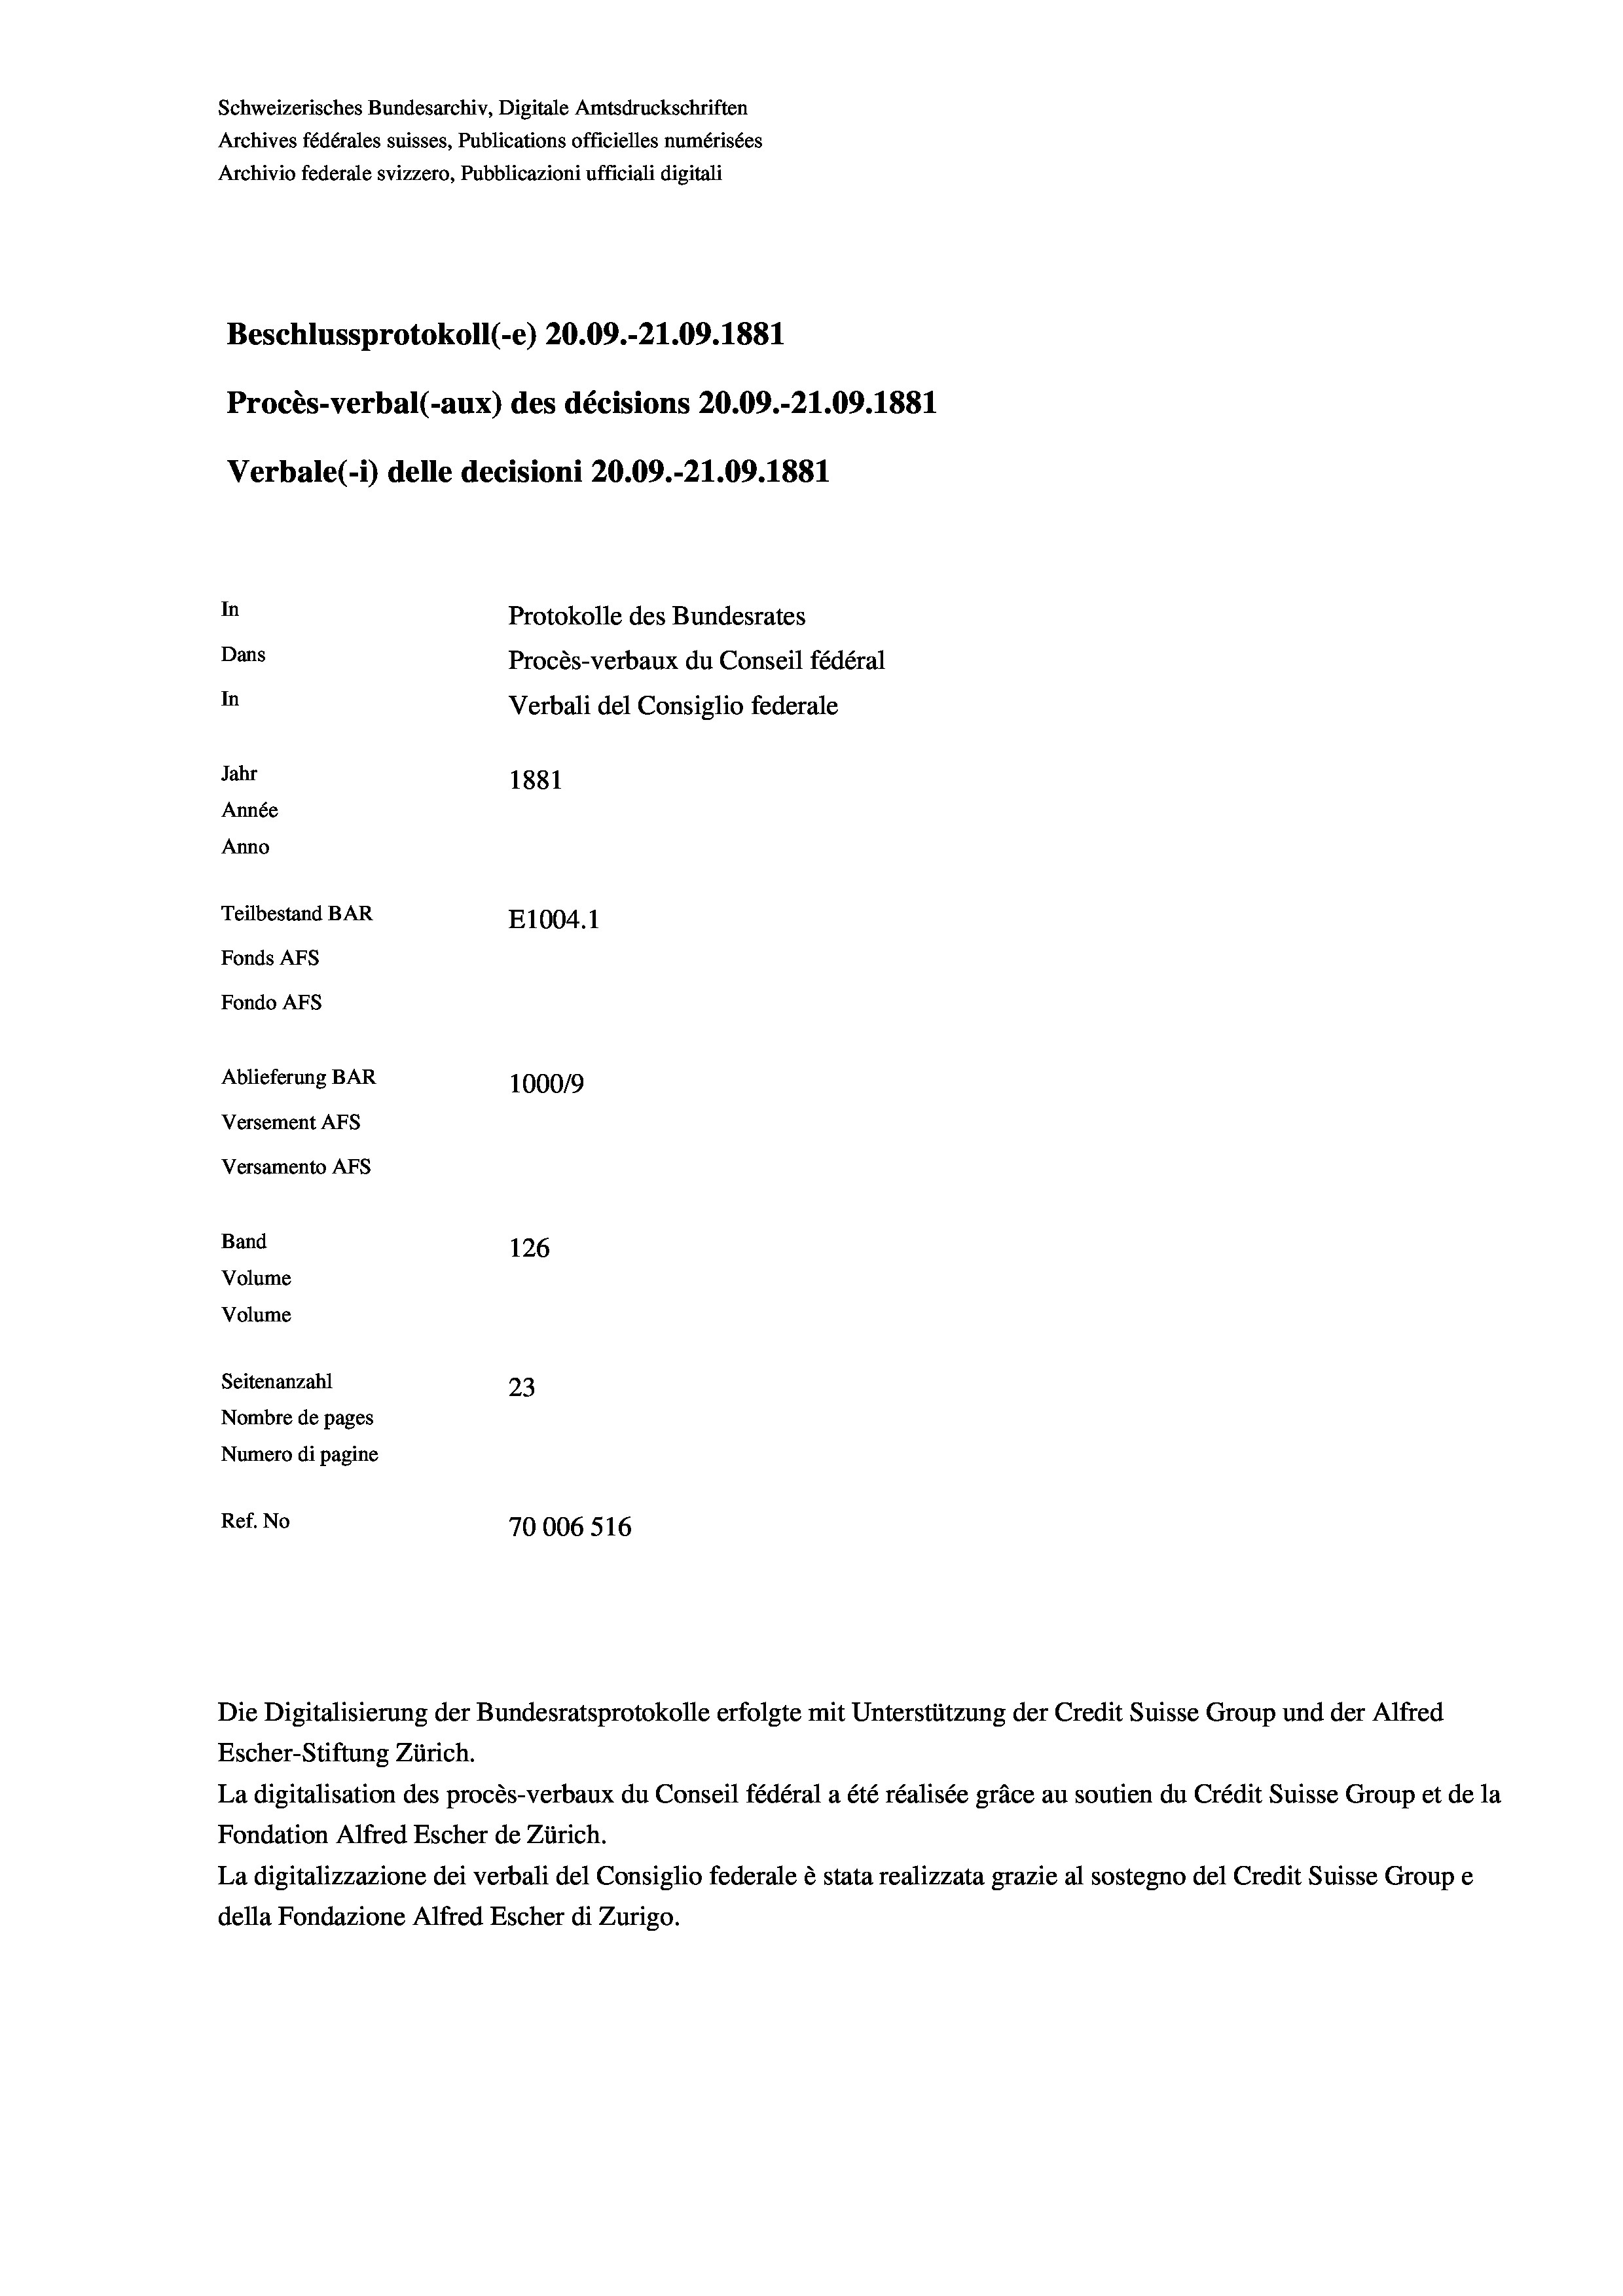
Schweizerisches Bundesarchiv, Digitale Amtsdruckschriften
Archives fédérales suisses, Publications officielles numérisées
Archivio federale svizzero, Pubblicazioni ufficiali digitali
Beschlussprotokoll (-e) 20.09.-21.09. 1881
Procès-verbal (-aux) des décisions 20.09.-21.09. 1881
In
Protokolle des Bundesrates
Dans
Procès-verbaux du Conseil fédéral
In
Verbali del Consiglio federale
Jahr
1881
Année
Anno
Teilbestand BAR
E1004.1
Fonds AFs
Fondo Afs
Ablieferung BAR
10009
Versement Ans

Band
Volume
Volume

Versamento Afs

126
Seitenanzahl
23
Nombre de pages
Numero di pagine
Ref. No
70006516

Verbale (i) delle decisioni 20.09.-21.09. 1881

Die Digitalisierung der Bundesratsprotokolle erfolgte mit Unterstützung der Credit Suisse Group und der Alfred
Escher-Stiftung Zürich.
La digitalisation des procès-verbaux du Conseil fédéral a été réalisée gräce au soutien du Crédit Suisse Group et de la
Fondation Alfred Escher de Zürich.
La digitalizzazione dei verbali del Consiglio federale è stata realizzata grazie al sostegno del Credit Suisse Groupe
della Fondazione Alfred Escher di Zurigo.